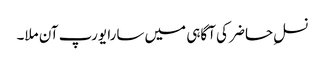
نسلِ حاضر کی آگاہی میں سارا یورپ آن ملا۔